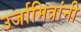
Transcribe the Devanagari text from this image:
उर्जामित्रांनी